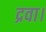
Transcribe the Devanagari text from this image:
द्रवा।